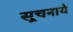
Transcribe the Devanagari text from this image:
सूचनाये